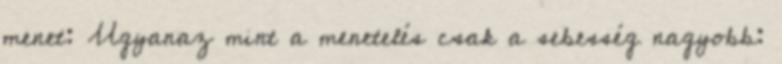
menet: Ugyanaz mint a menetelés csak a sebesség nagyobb: